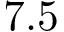
7 . 5